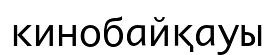
кинобайқауы